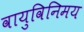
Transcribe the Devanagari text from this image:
वायुविनिमय